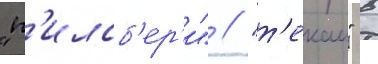
"п'илсб'ер'и" // "т'екаи" в